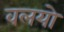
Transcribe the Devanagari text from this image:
वलयो